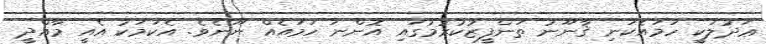
ޢަދުލަކީ ހަމައެކަނި ޤާނޫނު ތަންފީޒުކުރުމުގައި އޮންނަ ހަމައެއް ނޫނެވެ. އެކަމަކު އެއީ މާއްދީ